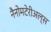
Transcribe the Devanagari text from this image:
नैनोमटेरीअल्स